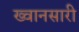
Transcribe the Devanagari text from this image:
ख्वानसारी